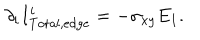
\partial _ { i } I _ { \mathrm { T o t a l , e d g e } } ^ { i } = - \sigma _ { x y } E _ { 1 } .